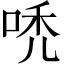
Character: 𠳶